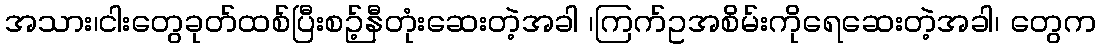
အသား၊ငါးတွေခုတ်ထစ်ပြီးစဉ့်နီတုံးဆေးတဲ့အခါ ၊ကြက်ဥအစိမ်းကိုရေဆေးတဲ့အခါ၊ တွေက